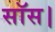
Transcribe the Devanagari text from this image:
सॉस।